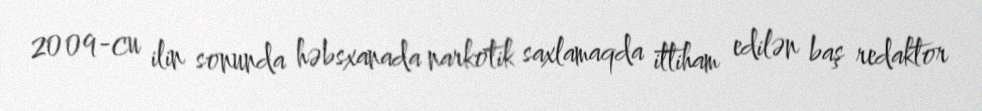
2009-cu ilin sonunda həbsxanada narkotik saxlamaqda ittiham edilən baş redaktor